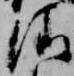
清